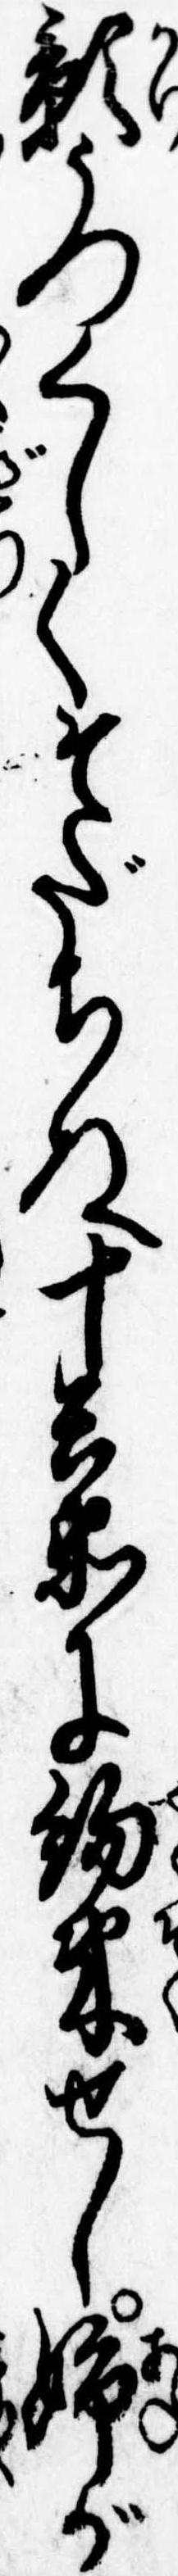
影うつくしくそだちぬ十兵衛に約束せし姉が